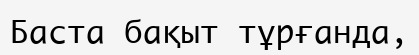
Баста бақыт тұрғанда,